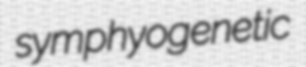
symphyogenetic